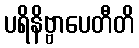
ပရိနိဗ္ဗာပေတီတိ